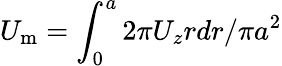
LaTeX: U_{\mathrm{{m}}}=\int_{0}^{a}2\pi U_{z}rdr/\pi a^{2}